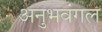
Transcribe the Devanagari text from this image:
अनुभवंगल